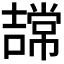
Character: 𭋠